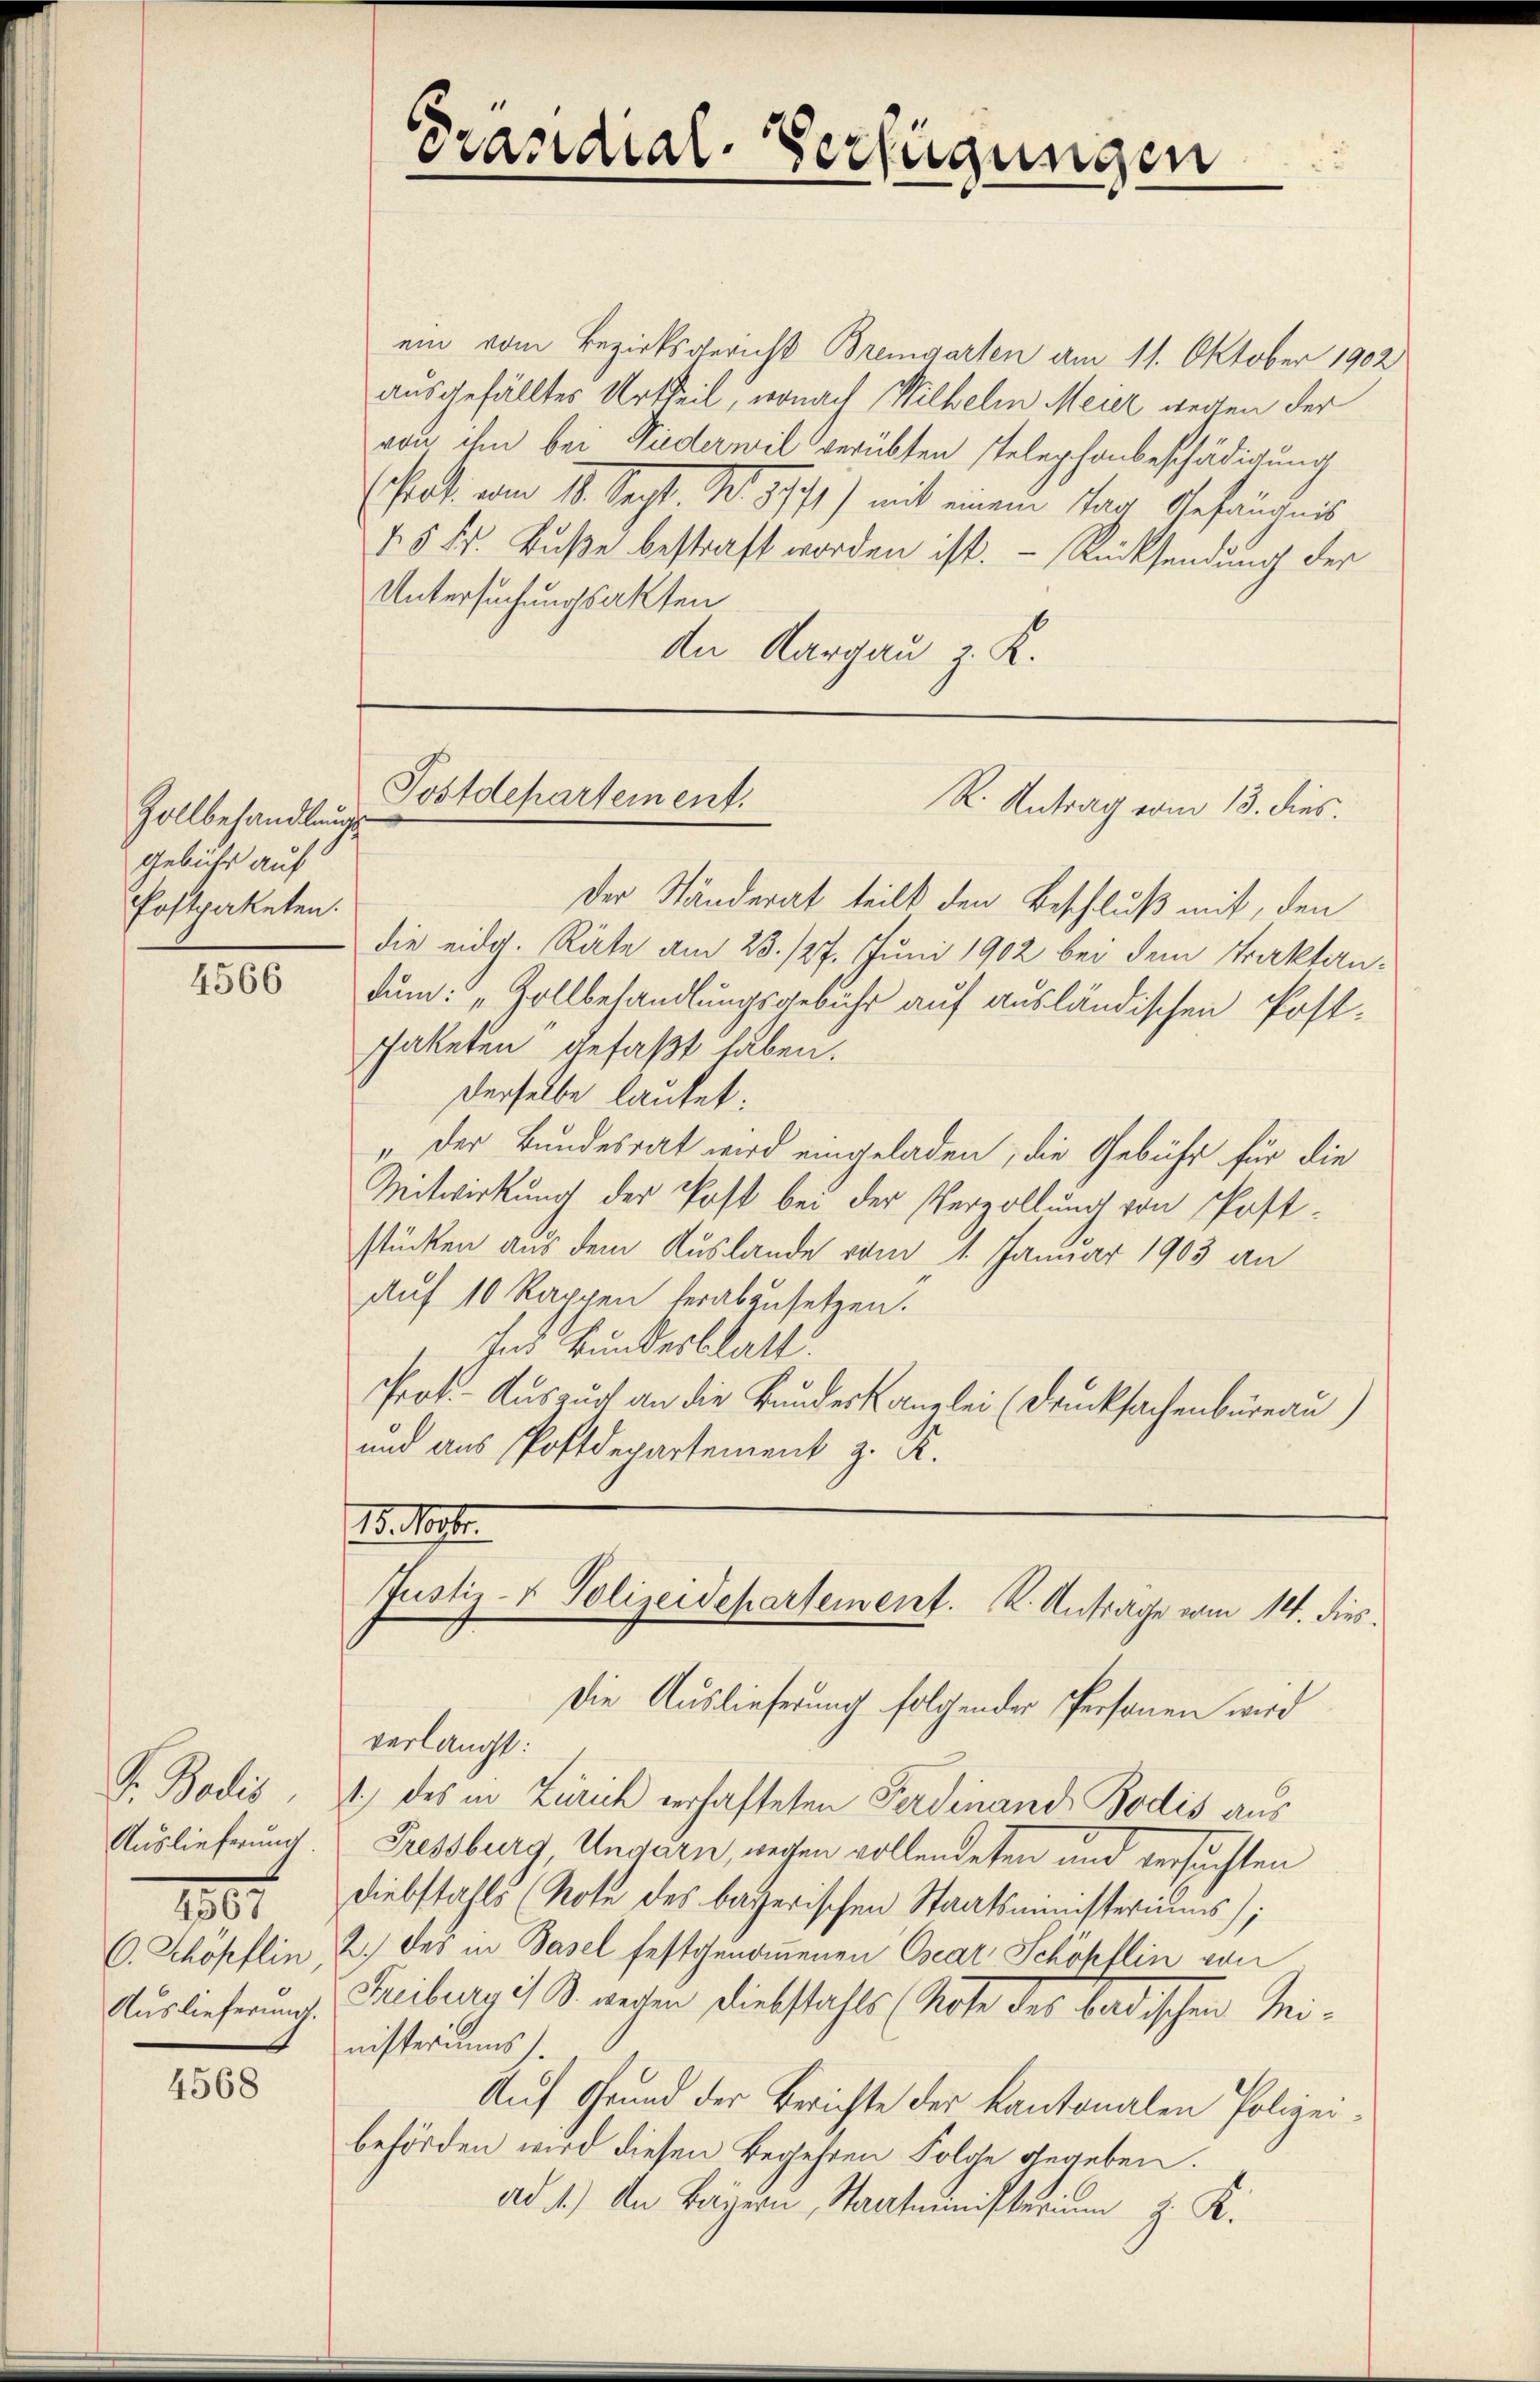
Zollbehandlungs
gebühr auf
Postpaketen.

4566

. Seelis.
Auslieferung.
1801
C. Schopflin,
Auslieferung.

4568

Präsidial-Verfügungen

ein vom Bezirksgericht Bremgarten am 11. Oktober 1902
ausgefälltes Urtheil, wonach Wilhelm Meier wegen der
von ihm bei Niederwil verübten stelephonbeschädigung
(fort vom 11. Sept. S. 97 f.) mit einem Tag Gefängnis
45 Fr. Bŭβe bestraft worden ist. – Rücksendung der
Untersuchungsakten
dn Aargau z. K.

Postdepartement.
R. Antrag vom 13. dies.

I. Vorster.
Justiz- & Polizeidepartement. K. Antrage vom 14. dies
Die Auslieferung folgender Personen wird

Der Ständerat teilt den Beschluß mit, den
die eidg. Räte am 23. 127. Juni 1902 bei dem Traktandum: „Zollbehandlungsgebühr auf ausländischen Postpaketen gefaßt haben.
derselbe lautet:
„Der Bundesrat wird eingeladen, die Gebühr für die
Mitwirkung der Post bei der Verzollung von Poststücken aus dem Auslande vom 1. Januar 1903 an
Auf 10 Rappen herabzusetzen.
Ind Bundesblatt
Prot. Auszug an die Bundeskanzlei (Drucksachenbüreau)
und aus Postdepartement z. R.

verlangt:
1.) des in Zürich verhafteten Ferdinand Bodis aus
Pressburg, Ungarn, wegen vollendeten und versuchten
Diebstahls (Note des bayerischen Staatsministeriums);
2.) Das in Basel festgenommenen Csear Schöpflin von
Freiburg i. B. werden Diebstahls (Note des Badischen Meinisterims).
Auf Grund der Berichte der kantonalen Polizeibehörden wird diesen Begehren Folge gegeben.
ad 1.) An Bayern, Staatministerium z. K.